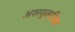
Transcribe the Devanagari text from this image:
असयुक्तिक